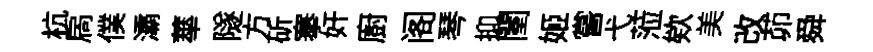
杭扄僕灞蕐隧方斫搴奸廚阁琴抑闉姬嘗弋蒞欸美改茆舜